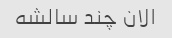
الان چند سالشه